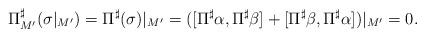
LaTeX: \begin{align*} \Pi^{\sharp}_{M'} (\sigma|_{M'}) = \Pi^{\sharp}(\sigma) |_{M'} = ([\Pi^{\sharp} \alpha, \Pi^{\sharp} \beta] + [\Pi^{\sharp} \beta, \Pi^{\sharp} \alpha])|_{M'} = 0.\end{align*}